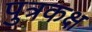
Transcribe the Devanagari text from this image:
पुत्रकक्ष